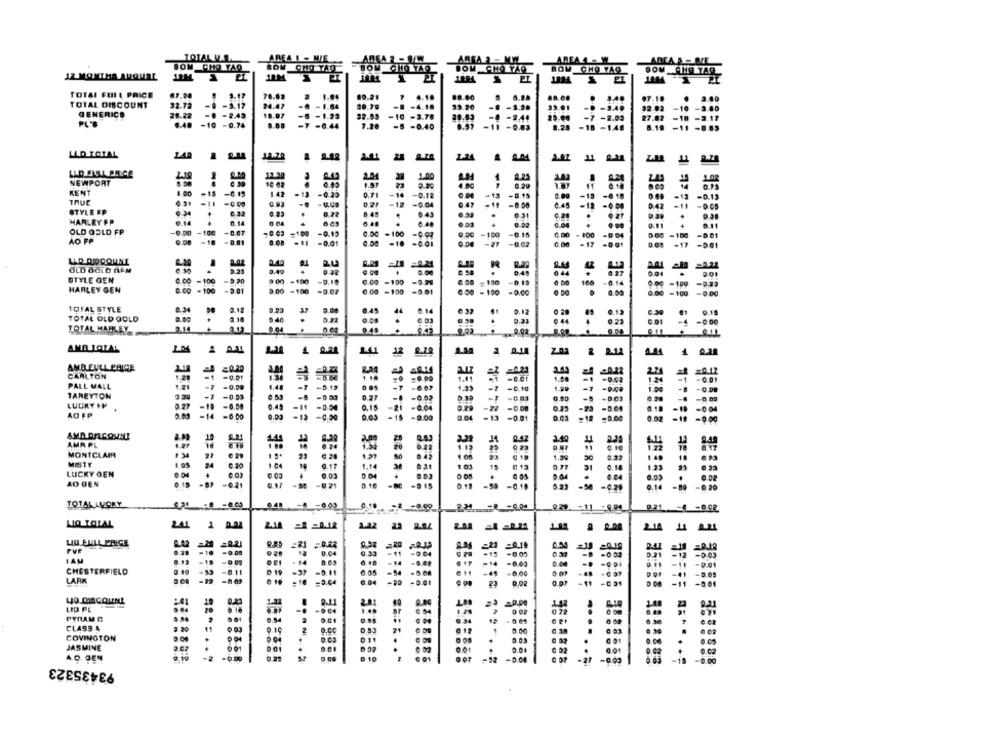
TOTALU.S
AREA I - MIE
AREA
SOM CHO YAO
ARLA R - DE
BOM CM.TY
JOM CHO YAR
BOM CHO YAC
IR MOMTHA AMQUAL
TOTAL FULL PRICE
.7.20
3.17
70.62
00.21
TOTAL DISCOUNT
32.72
-3.17
24.47
- 1.64
00.79
13.90
-1.9.
33.01
GENERICO
20.22
-@ -2,43
18.07
-1.29
32.53
20.43
-2.44
-2.03
0.40
-10 -0.74
-7 -0.44
7.20
-0.83
LLO TOTAL
LAR
21
2-24
2.41
1.02
11
GLAD
12.30
1.00
2.49
NEWPORT
10 02
0.29
KENT
-0.15
1.42
.13
-0.25
0.71
-14
-0.12
TRUE
-13
-9.15
-18
: 19 - 0.19
-U.C.
-12
-0.04
-0.00
0.45
-12
-0.06
042
STYLREP
0.32
0.43
0.31
-0.08
HARLEY FP
0.04
0.48
OLD GOLD FP.
-0.00
-D.OT
9.02
-100
-109
-0.13
-100
0.00 -100
-0.15
-100
0:00 -100
AO FP
9.08
-18
-0.01
D.08
-0.01
-10
-0.01
0.00
-0.02
0.00
-17
-17
OLD GOLD AAN
LLD QUOCOUNE
6.30
0.49
4
0.32
.
0.00
STYLE GEN
C.CO -100
-9.20
9:00
-100
0.00 -100
6.0G = 100 -0.19
160
0:00 -199 -9.23
HARLEY GEN
0.00 -100
-9.01
9.00 - 100
0.00 -100
-8.01
-...
-0.07
800 - 100
. DO
0.00 =100
1OFAL STYLE
0.34
0.12
8.23
37
0.45
44
6.14
0.32
0 28
0.12
TOTAL OLD GOLD
D.80
2.40
0.22
0.08
0.03
. 44
0.23
0.30
TOTAL MALLEY
0.04
0.45
... 0.02.
AMB IQTAL
4 0.24
141 12 2.10
AMB ELLL PRICE
=0.20
3
دهد
CARLTON
-0.01
1.81
-001
-9,08
PALL MALL
-7 -0.00
1.48
-1
TAREYTON
-7 -0.19
.7
1.99
-7
-6.50
-D.C.
1.00 -8 - 0.00
-2 -0.03
-0.02
-5
+0.03
LUCKY SP
0.27
-0.00
0.49 -11
-0.04
0.15
-21 -0.04
-2
0.25
-23
-0.08
-0.00
AD FP
-14
-0.00
0.00
0.05
-15 -0.00
0.10 -10 - 004
-12 -0,00
-13
-0.81
-0.00
0.02 -10 -0.00
AMD ORCOUNI
AMA PL
MONTCLAIR
6.28
1.99
30
IC
0.32
1.40
MISTY
0.20
1.04
1.14
1.03
0.71
0.18
1.23 23 .23
LUCKY GEN
0.03
D.04
8.03
0.04
AO GEN
0.15
.
D.18
.
0.05 . 0.08
0.17 -30 -0.21
0.13 -59 -0.10
-0.29
0.14 -09 -0.20
TOTAL LUCKY
9.4 -8 -900
0.10 -2 -0.08
0.21 -4 -0.02
LA LOIAL
241
24 == 0.12
1.94 8 2.00
2.14 41 2.21
LIG FULL PRICE
=221
0.04
-11
-0.04
-99
-0.02
021 - 12
-12 -0.03
IAM
-1
001 - 14
6.10
-14 -0.08
-0.03
CHESTERFIELD
0.19
-8.11
0.05
LARK
-53
0 19 -37 -0.11
011 -4 -0.00
0 19 -10 =0.04
0.04
0.08
-9.01
241
LD PE
2.81
.
FYRAM D
0.34
12
. ca
CLASS A
9.10
2
21
0.00
0.18
. 30
COVINGTON
0.11
.
JASMINE
..
.
0 02
001
0.01
A.D. OEN
93435323
-0.00
· *
D 10
-92